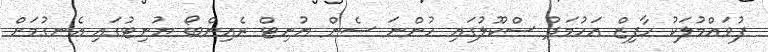
ފުވައްމުލަކު ހާފިޒް އަހުމަދު ސްކޫލުގައި ހުންނަ ސެން ޔުނިޓް ރެއިންބޯ ޔުނިޓުގައި އެނގުމަށް